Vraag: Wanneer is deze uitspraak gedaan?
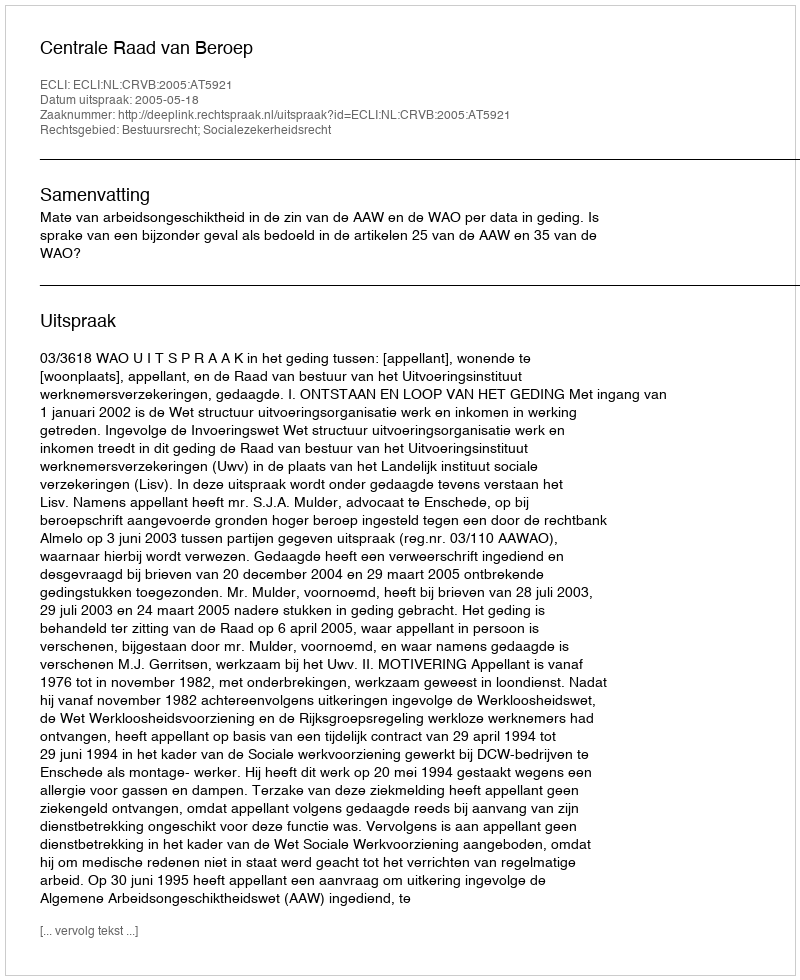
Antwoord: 2005-05-18